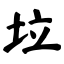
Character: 垃